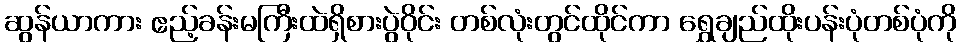
ဆွန်ယာကား ဧည့်ခန်းမကြီးထဲရှိစားပွဲဝိုင်း တစ်လုံးတွင်ထိုင်ကာ ရွှေချည်ထိုးပန်းပုံတစ်ပုံကို